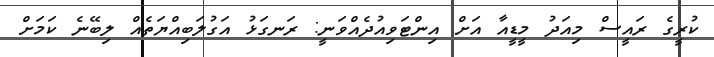
ކުރީގެ ރައީސް މިއަދު މީޑީއާ އަށް އިންޓަވިއުދެއްވަނީ: ރަނގަޅު އަގުލަބިއްޔަތެއް ލިބޭނެ ކަމަށް